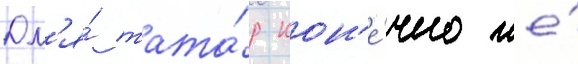
Дл'я́ тата́р кон'е́чно же́